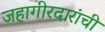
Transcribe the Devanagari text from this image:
जहागीरदारांची